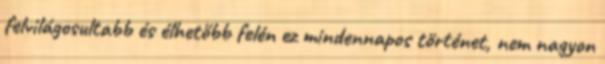
felvilágosultabb és élhetőbb felén ez mindennapos történet, nem nagyon